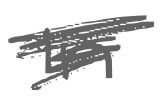
Text: in
Cross-out: scratch
Writing tool: digital_gray